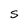
Character: S